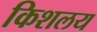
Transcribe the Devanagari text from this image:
किशलय